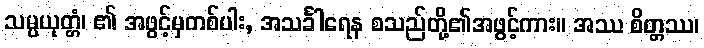
သမ္ပယုတ္တံ၊ ၏ အဖွင့်မှတစ်ပါး, အသင်္ခါရေန စသည်တို့၏အဖွင့်ကား။ အဿ စိတ္တဿ၊